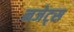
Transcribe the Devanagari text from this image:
नजेट्स